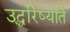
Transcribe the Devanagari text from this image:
उद्धरिष्यति